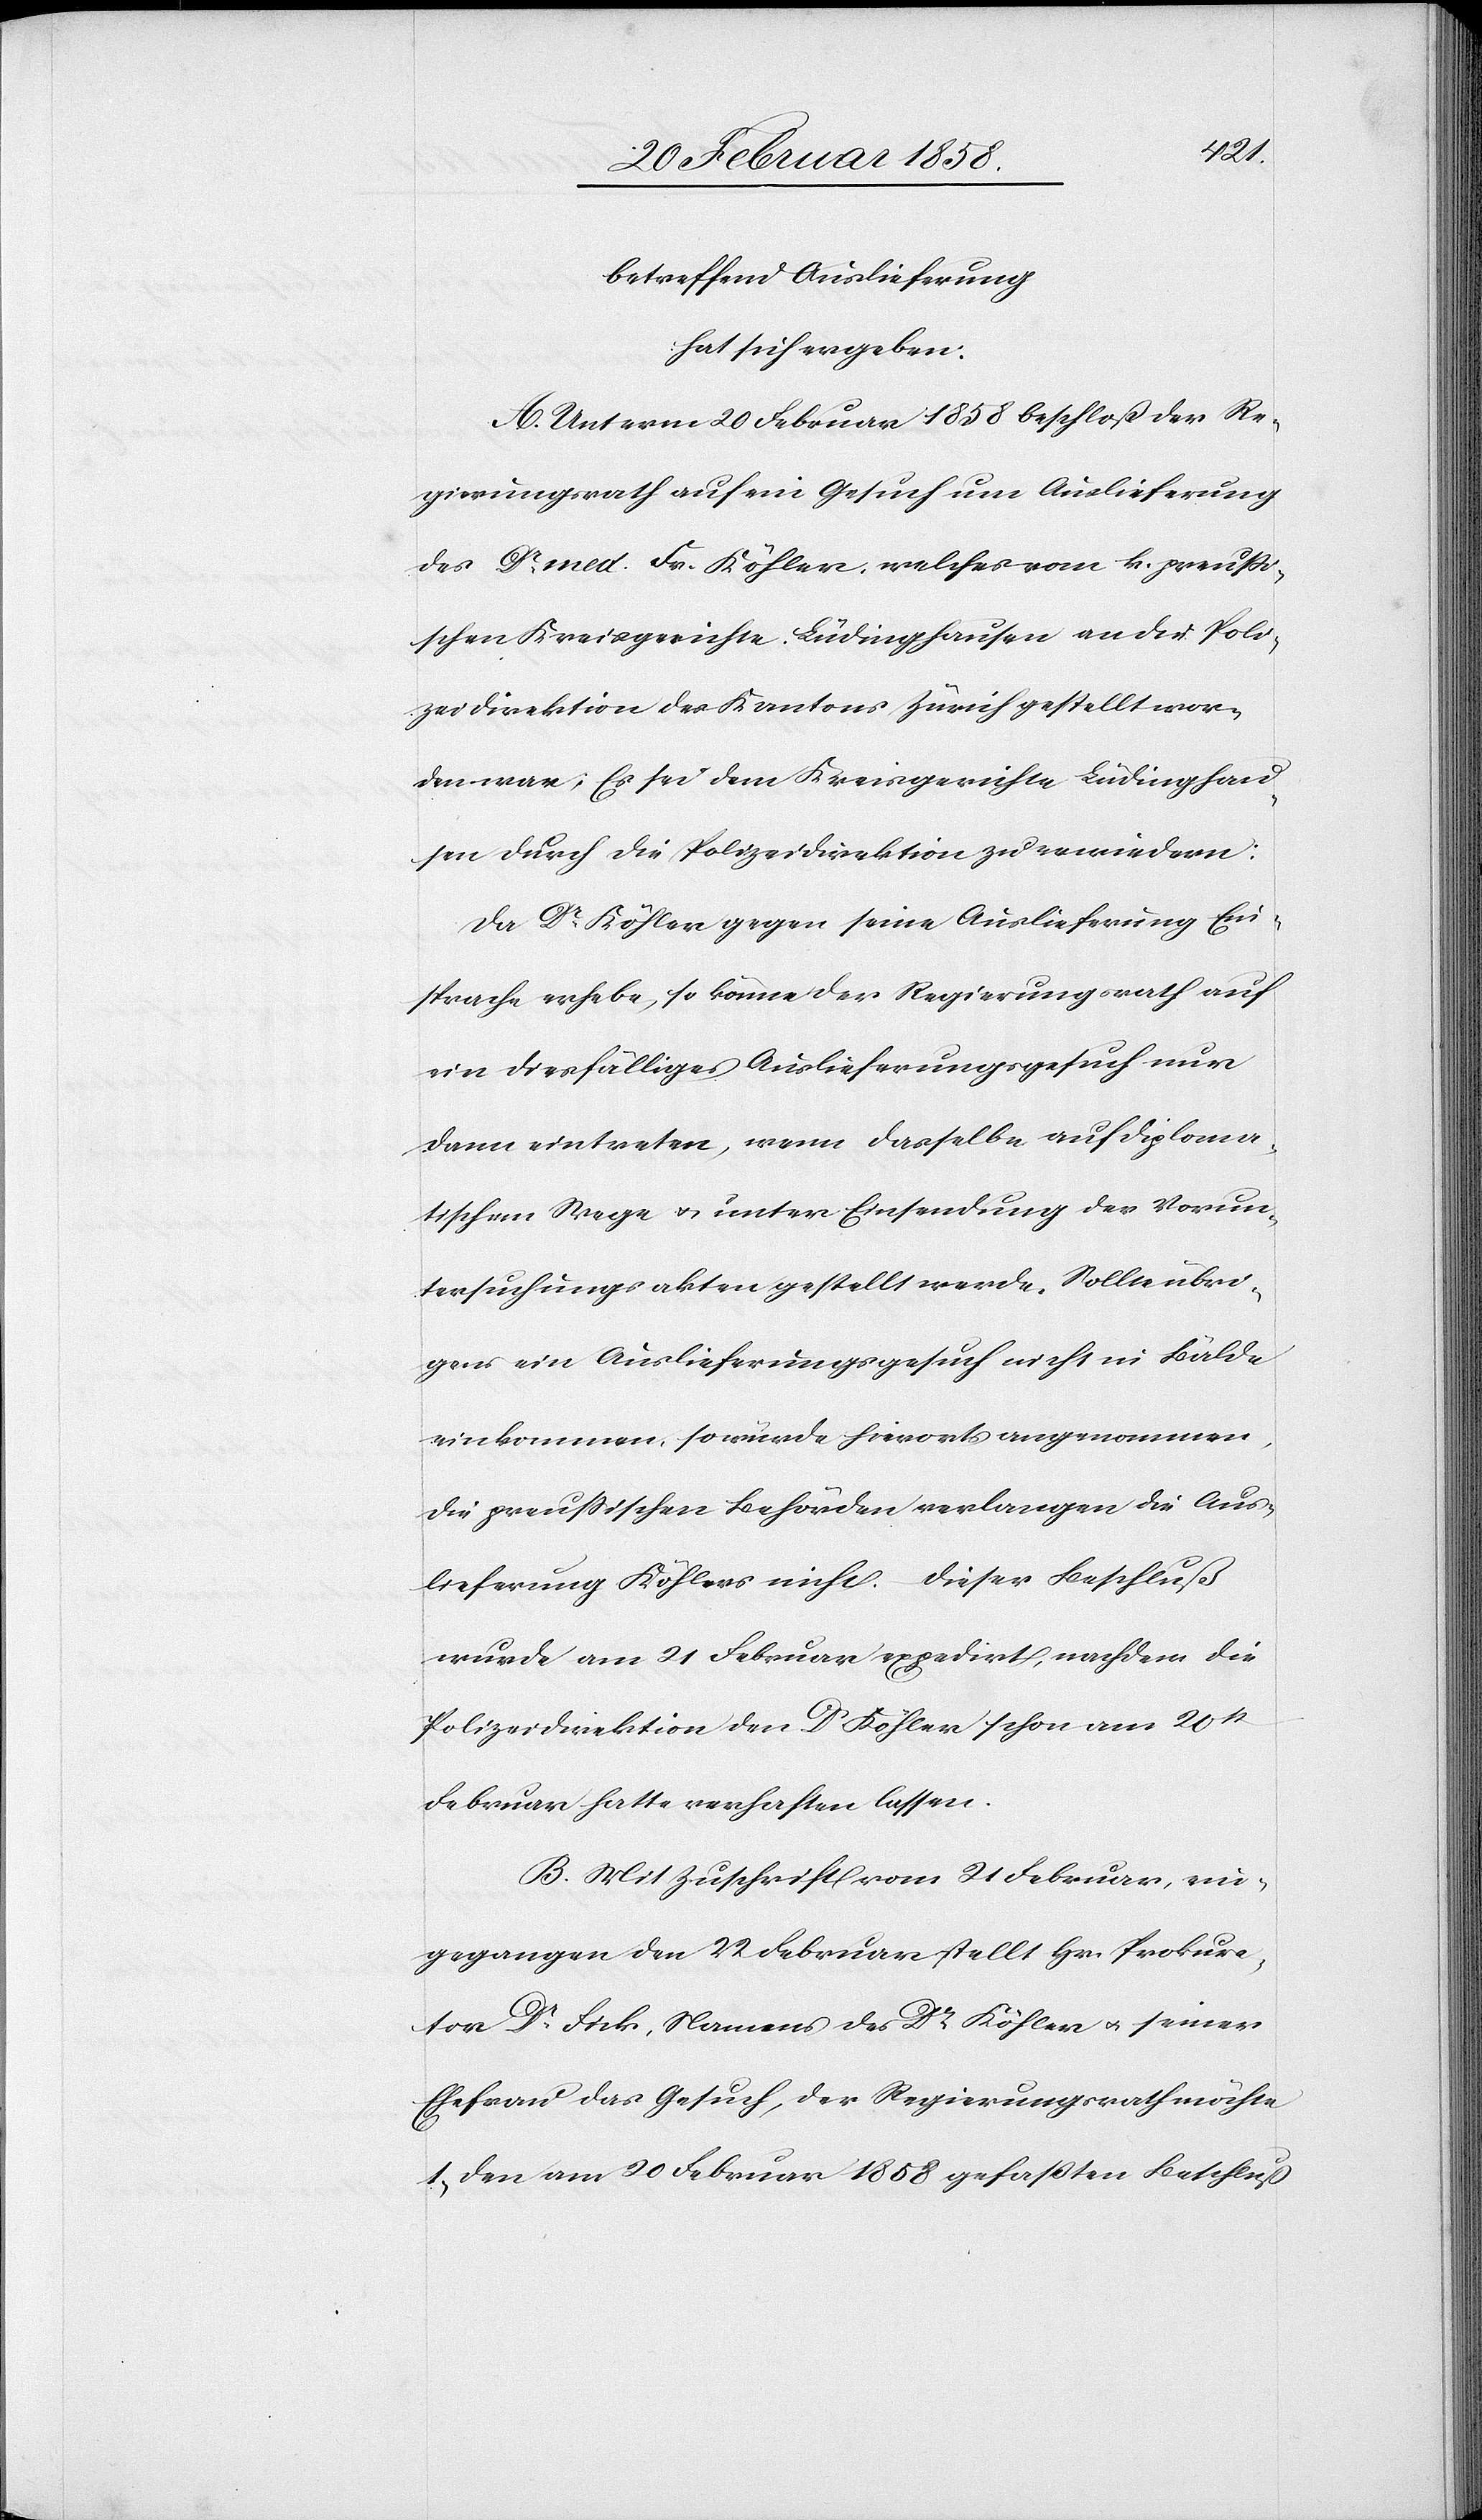
betreffend Auslieferung
hat sich ergeben:
A. Unterm 20 Februar 1858 beschloß der Re¬
gierungsrath auf ein Gesuch um Auslieferung
des Dr med. Fr. Köhler, welches vom k. preußi¬
schen Kreisgericht Lüdinghausen an die Poli¬
zeidirektion des Kantons Zürich gestellt wor¬
den war: Es sei dem Kreisgerichte Lüdinghau¬
sen durch die Polizeidirektion zu erwiedern:
Da Dr Köhler gegen seine Auslieferung Ein¬
sprache erhebe, so könne der Regierungsrath auf
ein diesfälliges Auslieferungsgesuch nur
dann eintreten, wenn dasselbe auf diploma¬
tischem Wege u. unter Einsendung der Vorun¬
tersuchungsakten gestellt werde. Sollte übri¬
gens ein Auslieferungsgesuch nicht in Bälde
einkommen, so würde hierorts angenommen,
die preußischen Behörden verlangen die Aus¬
lieferung Köhlers nicht. – Dieser Beschluß
wurde am 21 Februar expedirt, nachdem die
Polizeidirektion den Dr Köhler schon am 20st
Februar hatte verhaften lassen.
B. Mit Zuschrift vom 21 Februar, ein¬
gegangen den 22 Februar stellt Hr. Prokura¬
tor Dr Fick, Namens des Dr Köhler u. seiner
Ehefrau das Gesuch, der Regierungsrath möchte
1. Den am 20 Februar 1858 gefaßten Beschluß